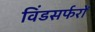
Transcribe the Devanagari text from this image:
विंडसर्फरों